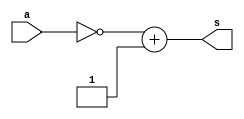
// ------------------------- 
// Exercicio4
// Nome: Mateus Cunha da Silva 
// ------------------------- 
// ------------------------- 
// test number system 
// ------------------------- 
module Comp8 ( output [7:0]s , input [7:0]a );
assign s = ~a + 8'b1;
endmodule
module Comp7 ( output [6:0]s , input [6:0]a );
assign s = ~a + 7'b1;
endmodule
module Comp6 ( output [5:0]s , input [5:0]a );
assign s = ~a + 6'b1;
endmodule
module Comp5 ( output [4:0]s , input [4:0]a );
assign s = ~a + 5'b1;
endmodule
module exercicio03; 
// ------------------------- definir dados 
reg [7:0] a; 
wire [7:0] s;
reg [6:0] a1; 
wire [6:0] s1;
reg [5:0] a2; 
wire [5:0] s2;
reg [4:0] a3; 
wire [4:0] s3;


Comp8 comp1 (s, a);
Comp7 comp2 (s1, a1);
Comp6 comp3 (s2, a2);
Comp5 comp4 (s3, a3);
//-------------------------- preparacao
initial begin : start
a = 8'b101111;
a1 = 7'b111001;
a2 = 6'd25;
a3 = 5'hd;
end
// ------------------------- parte principal 
initial begin : main
$display("Exercicio004 - Mateus Cunha da Silva - 463624"); 
$display("Test number system");
#1;
$display(" ~%b  = %b ", a, s);
a = 8'o24;
#1 $display(" ~%b  = %b ", a, s);
$display(" ~%b  = %b ", a1, s1);
$display(" ~%b  = %b ", a2, s2);
$display(" ~%b  = %b ", a3, s3);
end
endmodule // test_base